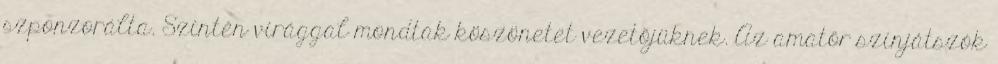
szponzorálta. Szintén virággal mondtak köszönetet vezetőjüknek. Az amatőr színjátszók